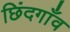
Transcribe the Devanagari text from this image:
छिंदगाँव